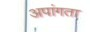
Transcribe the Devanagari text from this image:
अपांगता